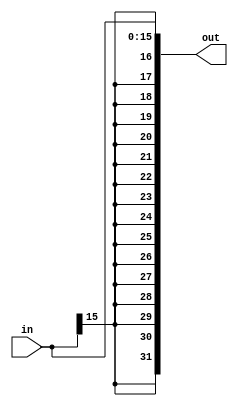
module signextend (out,  in ) ;
    
    output [31 : 0]  out;
    input [15 : 0]  in ;
    
    assign out ={{16 {in [ 15 ]}},in};
endmodule